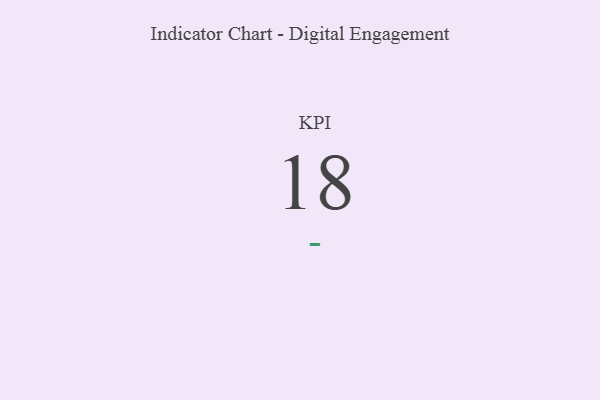
{"axis": {"x": "KPI", "y": "Value"}, "legend": [""], "data": [{"x": "KPI", "y": 18, "type": ""}]}